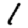
Digit: 1